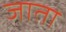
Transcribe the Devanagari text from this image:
जाता